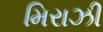
મિરાઝી